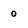
Character: o